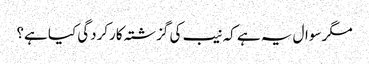
مگر سوال یہ ہے کہ نیب کی گزشتہ کارکردگی کیا ہے؟